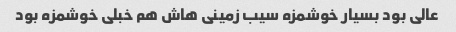
عالی بود بسیار خوشمزه سیب زمینی هاش هم خبلی خوشمزه بود